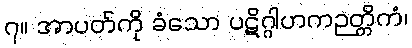
၇။ အာပတ်ကို ခံသော ပဋိဂ္ဂါဟကဉတ္တိကံ၊